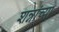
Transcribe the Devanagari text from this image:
शन्नांच्या